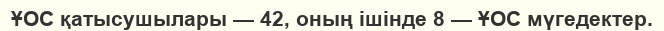
ҰОС қатысушылары — 42, оның ішінде 8 — ҰОС мүгедектер.